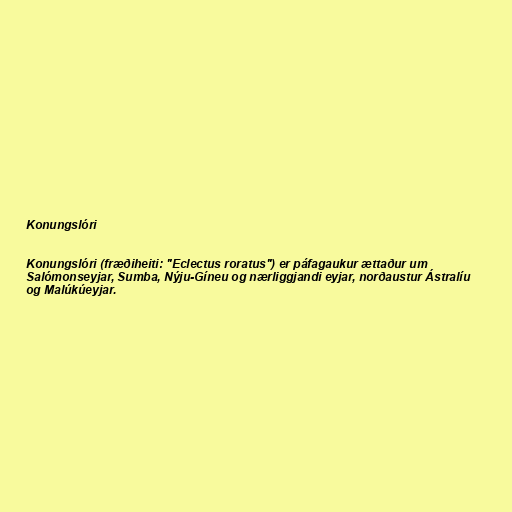
Konungslóri

Konungslóri (fræðiheiti: "Eclectus roratus") er páfagaukur ættaður um
Salómonseyjar, Sumba, Nýju-Gíneu og nærliggjandi eyjar, norðaustur Ástralíu
og Malúkúeyjar.